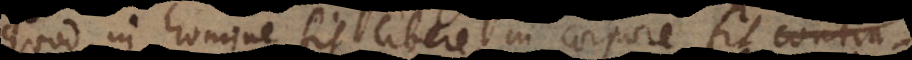
quod in homine fit libere, in corpore fit contin